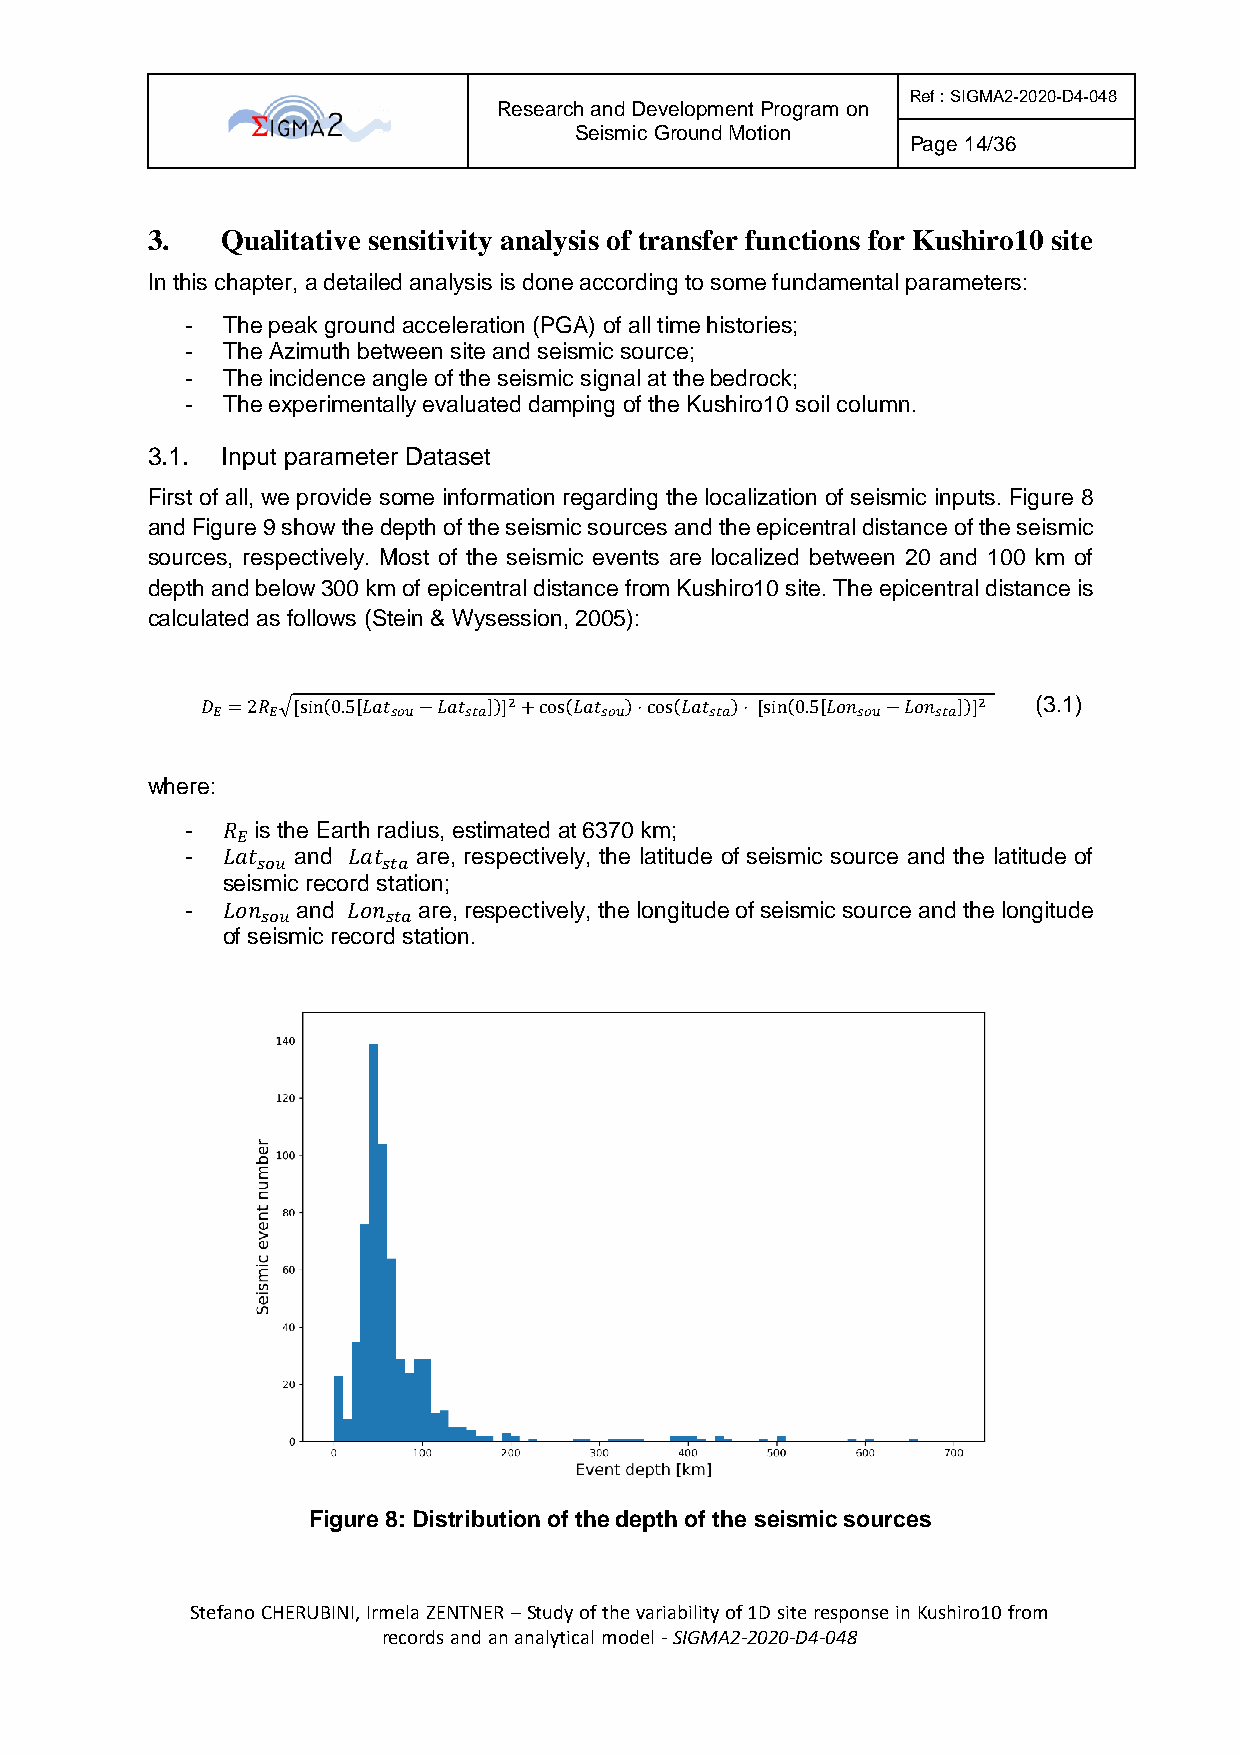
Ref : SIGMA2-2020-D4-048
 Research and Development Program on
 Seismic Ground Motion
 Page 14/36
 3.   Qualitative sensitivity analysis of transfer functions for Kushiro10 site
 In this chapter, a detailed analysis is done according to some fundamental parameters:
 -  The peak ground acceleration (PGA) of all time histories;
 -  The Azimuth between site and seismic source;
 -  The incidence angle of the seismic signal at the bedrock;
 -  The experimentally evaluated damping of the Kushiro10 soil column.
 3.1. Input parameter Dataset
 First of all, we provide some information regarding the localization of seismic inputs. Figure 8
 and Figure 9 show the depth of the seismic sources and the epicentral distance of the seismic
 sources, respectively. Most of the seismic events are localized between 20 and 100 km of
 depth and below 300 km of epicentral distance from Kushiro10 site. The epicentral distance is
 calculated as follows (Stein & Wysession, 2005):
 𝐷 =2𝑅 √[sin(0.5[𝐿𝑎𝑡 −𝐿𝑎𝑡 ])]2+cos(𝐿𝑎𝑡 )⋅cos(𝐿𝑎𝑡 )⋅ [sin(0.5[𝐿𝑜𝑛 −𝐿𝑜𝑛 ])]2 (3.1)
 𝐸   𝐸       𝑠𝑜𝑢  𝑠𝑡𝑎      𝑠𝑜𝑢    𝑠𝑡𝑎       𝑠𝑜𝑢  𝑠𝑡𝑎
 where:
 -  𝑅 is the Earth radius, estimated at 6370 km;
 𝐸
 -  𝐿𝑎𝑡  and 𝐿𝑎𝑡 are, respectively, the latitude of seismic source and the latitude of
 𝑠𝑜𝑢     𝑠𝑡𝑎
 seismic record station;
 -  𝐿𝑜𝑛  and 𝐿𝑜𝑛 are, respectively, the longitude of seismic source and the longitude
 𝑠𝑜𝑢      𝑠𝑡𝑎
 of seismic record station.
 Figure 8: Distribution of the depth of the seismic sources
 Stefano CHERUBINI, Irmela ZENTNER – Study of the variability of 1D site response in Kushiro10 from
 records and an analytical model - SIGMA2-2020-D4-048